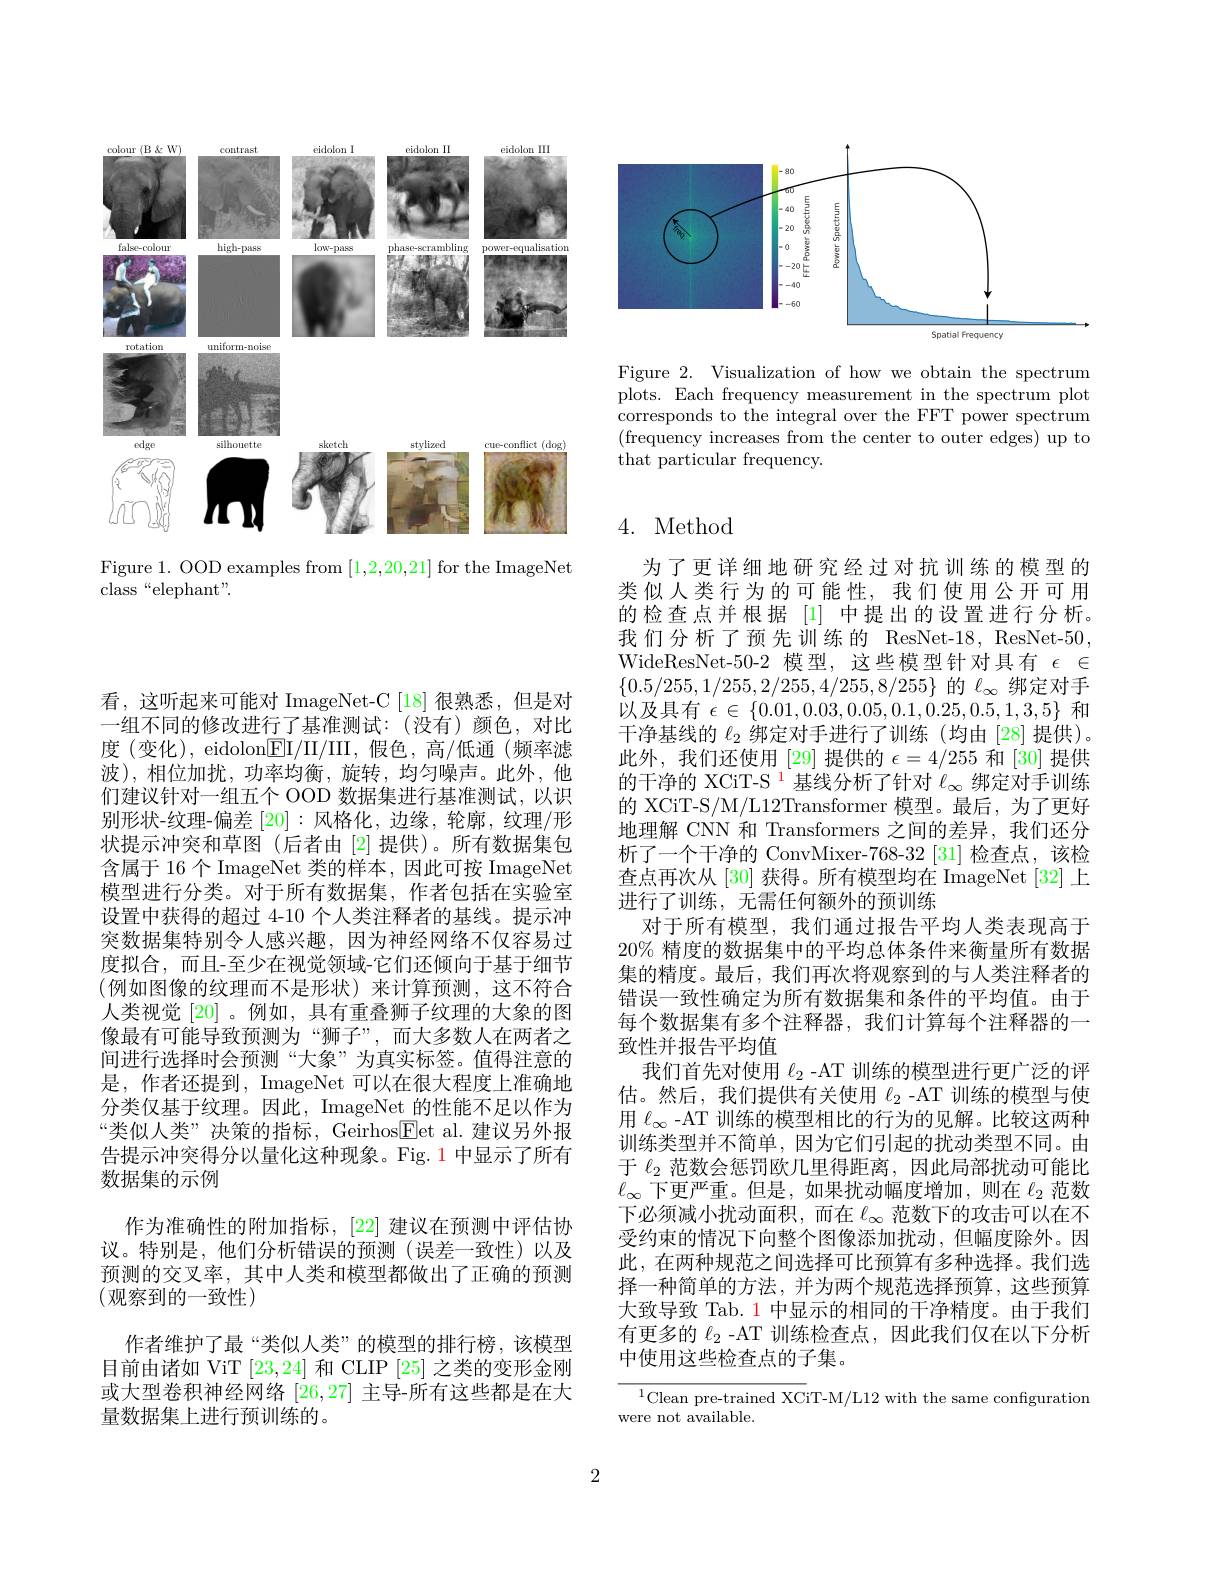
<FigureHere>

Figure 1. OOD examples from [1,2,20,21] for the ImageNet
class“elephant”.

<FigureHere>

Figure 2. Visualization of how we obtain the spectrum plots. Each frequency measurement in the spectrum plot corresponds to the integral over the FFT power spectrum (frequency increases from the center to outer edges) up to that particular frequency.

看，这听起来可能对 ImageNet-C [18] 很熟悉，但是对一组不同的修改进行了基准测试：(没有)颜色，对比度 (变化), eidolon$\boxed{\mathrm{E}}$II/III,假色，高/低通(频率滤波),相位加扰，功率均衡，旋转，均匀噪声。此外，他们建议针对一组五个 OOD 数据集进行基准测试，以识别形状-纹理-偏差 [20]:风格化，边缘，轮廓，纹理/形状提示冲突和草图(后者由[2]提供)。所有数据集包含属于 16 个 ImageNet 类的样本，因此可按 ImageNet 模型进行分类。对于所有数据集，作者包括在实验室设置中获得的超过 4-10 个人类注释者的基线。提示冲突数据集特别令人感兴趣，因为神经网络不仅容易过度拟合，而且-至少在视觉领域-它们还倾向于基于细节(例如图像的纹理而不是形状)来计算预测，这不符合人类视觉[20] 。例如，具有重叠狮子纹理的大象的图像最有可能导致预测为“狮子”,而大多数人在两者之间进行选择时会预测“大象”为真实标签。值得注意的是，作者还提到，ImageNet 可以在很大程度上准确地分类仅基于纹理。因此，ImageNet 的性能不足以作为“类似人类”决策的指标，Geirhos$\underline{\mathrm{E}}$et al.建议另外报告提示冲突得分以量化这种现象。Fig.1 中显示了所有数据集的示例
作为准确性的附加指标，[22] 建议在预测中评估协议。特别是，他们分析错误的预测(误差一致性)以及预测的交叉率，其中人类和模型都做出了正确的预测(观察到的一致性)
作者维护了最“类似人类”的模型的排行榜，该模型目前由诸如 ViT [23,24]和 CLIP [25]之类的变形金刚或大型卷积神经网络[26,27]主导-所有这些都是在大量数据集上进行预训练的。

## 4. Method

为了更详细地研究经过对抗训练的模型的类似人类行为的可能性，我们使用公开可用的检查点并根据[1] 中提出的设置进行分析。我们分析了预先训练的 ResNet-18, ResNet-50, WideResNet-50-2 模型，这些模型针对具有$\epsilon\in$ $\{0.5/255,1/255,2/255,4/255,8/255\}$的$\ell_\infty$绑定对手以及具有$\epsilon\in\{0.01,0.03,0.05,0.1,0.25,0.5,1,3,5\}$和干净基线的$\ell_2$绑定对手进行了训练 (均由[28]提供)。此外，我们还使用 [29]提供的$\epsilon=4/255$和[30]提供的干净的 XCiT-S $^{1}$基线分析了针对$\ell_\infty$绑定对手训练的 XCiT-S/M/L12Transformer 模型。最后，为了更好地理解 CNN 和 Transformers 之间的差异，我们还分析了一个干净的 ConvMixer-768-32 [31] 检查点，该检查点再次从 [30] 获得。所有模型均在 ImageNet [32] 上进行了训练，无需任何额外的预训练
对于所有模型，我们通过报告平均人类表现高于20% 精度的数据集中的平均总体条件来衡量所有数据集的精度。最后，我们再次将观察到的与人类注释者的错误一致性确定为所有数据集和条件的平均值。由于每个数据集有多个注释器，我们计算每个注释器的一致性并报告平均值
我们首先对使用$\ell_{2}$ -AT 训练的模型进行更广泛的评估。然后，我们提供有关使用$\ell_2$ -AT 训练的模型与使用$\ell_\infty$ -AT 训练的模型相比的行为的见解。比较这两种训练类型并不简单，因为它们引起的扰动类型不同。由于$\ell_2$范数会惩罚欧几里得距离，因此局部扰动可能比$\ell_{\infty}$下更严重。但是，如果扰动幅度增加，则在$\ell_2$范数下必须减小扰动面积，而在$\ell_\infty$范数下的攻击可以在不受约束的情况下向整个图像添加扰动，但幅度除外。因此，在两种规范之间选择可比预算有多种选择。我们选择一种简单的方法，并为两个规范选择预算，这些预算大致导致 Tab. 1 中显示的相同的干净精度。由于我们有更多的$\ell_2$ -AT 训练检查点，因此我们仅在以下分析中使用这些检查点的子集。
${\frac{^{1}\text{Clean pre-trained XC}}{\mathrm{T-M/L12~with~the~same~configuration}}}$

were not available.

2